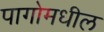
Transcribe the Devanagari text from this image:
पागोमधील